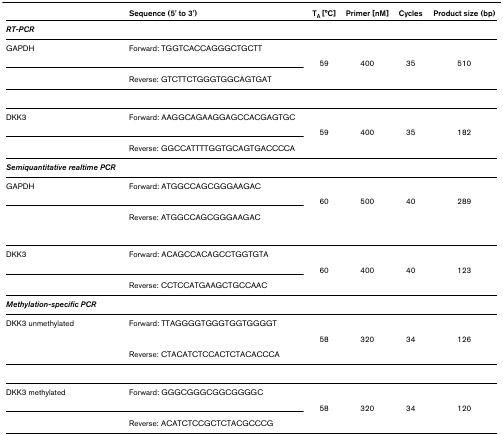
<table><thead><tr><td></td><td><b>Sequence (5&#x27; to 3&#x27;)</b></td><td><b>T<sub>A </sub>[°C]</b></td><td><b>Primer [nM]</b></td><td><b>Cycles</b></td><td><b>Product size (bp)</b></td></tr></thead><tbody><tr><td><b><i>RT-PCR</i></b></td><td></td><td></td><td></td><td></td><td></td></tr><tr><td>GAPDH</td><td>Forward: TGGTCACCAGGGCTGCTT</td><td></td><td></td><td></td><td></td></tr><tr><td colspan="2"></td><td>59</td><td>400</td><td>35</td><td>510</td></tr><tr><td></td><td>Reverse: GTCTTCTGGGTGGCAGTGAT</td><td></td><td></td><td></td><td></td></tr><tr><td>DKK3</td><td>Forward: AAGGCAGAAGGAGCCACGAGTGC</td><td></td><td></td><td></td><td></td></tr><tr><td colspan="2"></td><td>59</td><td>400</td><td>35</td><td>182</td></tr><tr><td></td><td>Reverse: GGCCATTTTGGTGCAGTGACCCCA</td><td></td><td></td><td></td><td></td></tr><tr><td><b><i>Semiquantitative realtime PCR</i></b></td><td></td><td></td><td></td><td></td><td></td></tr><tr><td>GAPDH</td><td>Forward: ATGGCCAGCGGGAAGAC</td><td></td><td></td><td></td><td></td></tr><tr><td colspan="2"></td><td>60</td><td>500</td><td>40</td><td>289</td></tr><tr><td></td><td>Reverse: ATGGCCAGCGGGAAGAC</td><td></td><td></td><td></td><td></td></tr><tr><td>DKK3</td><td>Forward: ACAGCCACAGCCTGGTGTA</td><td></td><td></td><td></td><td></td></tr><tr><td colspan="2"></td><td>60</td><td>400</td><td>40</td><td>123</td></tr><tr><td></td><td>Reverse: CCTCCATGAAGCTGCCAAC</td><td></td><td></td><td></td><td></td></tr><tr><td><b><i>Methylation-specific PCR</i></b></td><td></td><td></td><td></td><td></td><td></td></tr><tr><td>DKK3 unmethylated</td><td>Forward: TTAGGGGTGGGTGGTGGGGT</td><td></td><td></td><td></td><td></td></tr><tr><td colspan="2"></td><td>58</td><td>320</td><td>34</td><td>126</td></tr><tr><td></td><td>Reverse: CTACATCTCCACTCTACACCCA</td><td></td><td></td><td></td><td></td></tr><tr><td>DKK3 methylated</td><td>Forward: GGGCGGGCGGCGGGGC</td><td></td><td></td><td></td><td></td></tr><tr><td colspan="2"></td><td>58</td><td>320</td><td>34</td><td>120</td></tr><tr><td></td><td>Reverse: ACATCTCCGCTCTACGCCCG</td><td></td><td></td><td></td><td></td></tr></tbody></table>